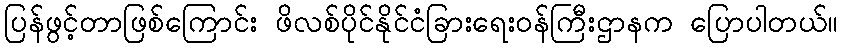
ပြန်ဖွင့်တာဖြစ်ကြောင်း ဖိလစ်ပိုင်နိုင်ငံခြားရေးဝန်ကြီးဌာနက ပြောပါတယ်။